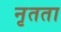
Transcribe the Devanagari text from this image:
नृतता